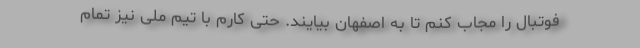
فوتبال را مجاب کنم تا به اصفهان بیایند. حتی کارم با تیم ملی نیز تمام